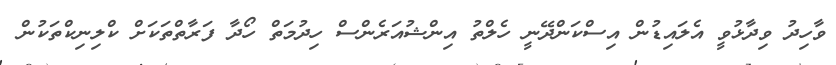
ވާހިދު ވިދާޅުވީ އެލައިޑުން އިސްކަންދޭނީ ހެލްތު އިންޝުއަރެންސް ހިދުމަތް ހޯދާ ފަރާތްތަކަށް ކްލިނިކްތަކުން